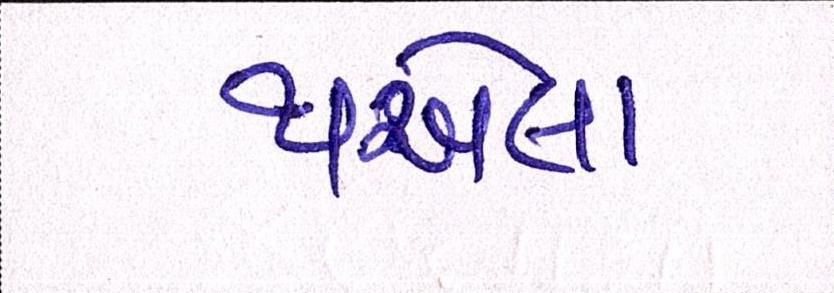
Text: થએલા